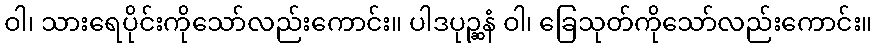
ဝါ၊ သားရေပိုင်းကိုသော်လည်းကောင်း။ ပါဒပုဉ္ဆနံ ဝါ၊ ခြေသုတ်ကိုသော်လည်းကောင်း။